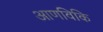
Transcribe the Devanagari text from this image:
आणविकि